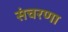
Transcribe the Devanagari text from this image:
संचरणा